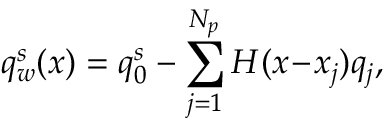
q _ { w } ^ { s } ( x ) = q _ { 0 } ^ { s } - \sum _ { j = 1 } ^ { N _ { p } } H ( x \! - \! x _ { j } ) q _ { j } ,